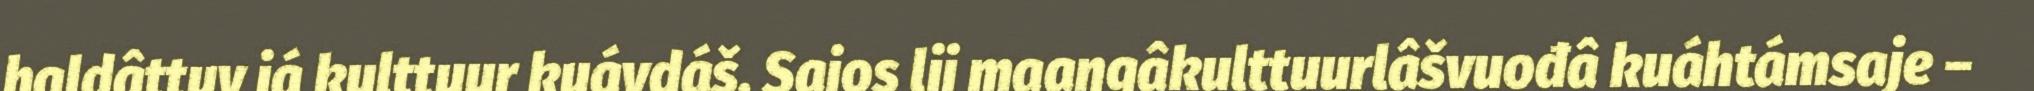
haldâttuv já kulttuur kuávdáš. Sajos lii maaŋgâkulttuurlâšvuođâ kuáhtámsaje –